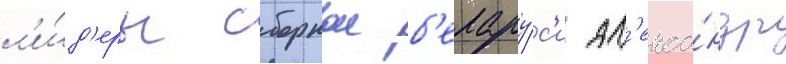
л'и́д'еры сборнои б'елару́с'и ал'екса́ндр